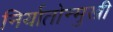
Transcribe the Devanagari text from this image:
निर्यातोन्मुखी